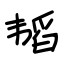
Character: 韬